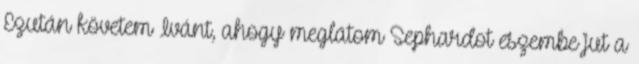
Ezután követem Ivánt, ahogy meglátom Sephardot eszembe jut a